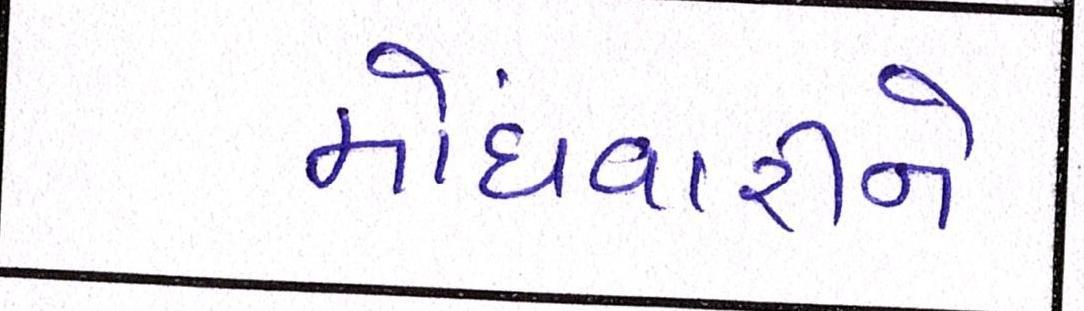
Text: મોંઘવારીને